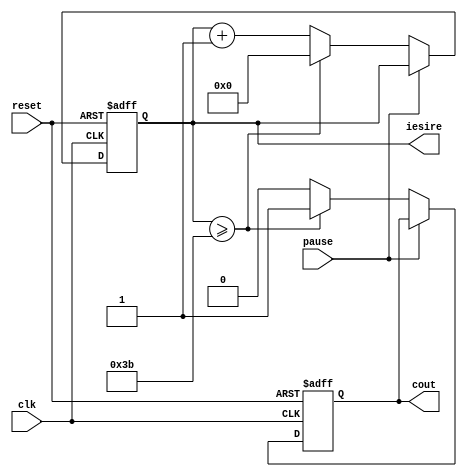
`timescale 1ns / 1ps
//////////////////////////////////////////////////////////////////////////////////
// Company: 
// Engineer: 
// 
// Design Name: 
// Module Name: numarator
// Project Name: 
// Target Devices: 
// Tool Versions: 
// Description: 
// 
// Dependencies: 
// 
// Revision:
// Revision 0.01 - File Created
// Additional Comments:
// 
//////////////////////////////////////////////////////////////////////////////////


module numarator(clk,reset , pause, iesire, cout);
input clk, pause, reset;
output [5:0] iesire;
output cout;
reg cout = 0;
reg [5 : 0] iesire= 6'b000000;

always @(posedge clk, posedge reset)
begin
    if(reset)
    begin
        iesire <= 6'b000000;
        cout <= 0;
    end
    else
    begin
    if(pause == 0)
    begin
        iesire <= iesire + 1;
        cout <= 0;
    if( iesire >= 59)
    begin
        iesire <= 6'b000000;
        cout <= 1;
    end
    end
    end
end
endmodule